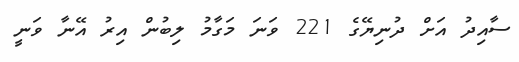
ސާއިދު އަށް ދުނިޔޭގެ 221 ވަނަ މަގާމު ލިބުން އިރު އޭނާ ވަނީ